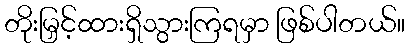
တိုးမြှင့်ထားရှိသွားကြရမှာ ဖြစ်ပါတယ်။